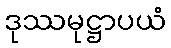
ဒုဿမုဋ္ဌာပယံ